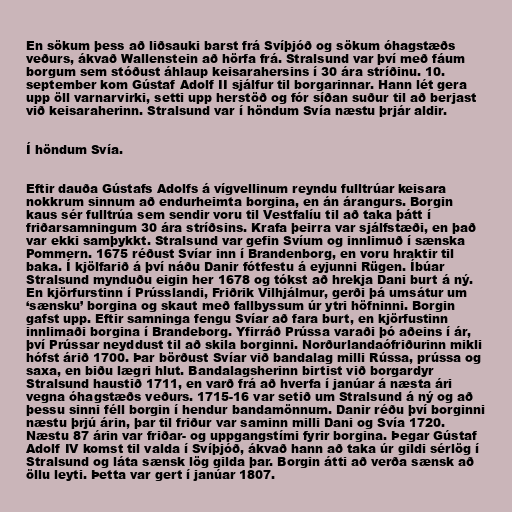
En sökum þess að liðsauki barst frá Svíþjóð og sökum óhagstæðs
veðurs, ákvað Wallenstein að hörfa frá. Stralsund var því með fáum
borgum sem stóðust áhlaup keisarahersins í 30 ára stríðinu. 10.
september kom Gústaf Adolf II sjálfur til borgarinnar. Hann lét gera
upp öll varnarvirki, setti upp herstöð og fór síðan suður til að berjast
við keisaraherinn. Stralsund var í höndum Svía næstu þrjár aldir.

Í höndum Svía.

Eftir dauða Gústafs Adolfs á vígvellinum reyndu fulltrúar keisara
nokkrum sinnum að endurheimta borgina, en án árangurs. Borgin
kaus sér fulltrúa sem sendir voru til Vestfalíu til að taka þátt í
friðarsamningum 30 ára stríðsins. Krafa þeirra var sjálfstæði, en það
var ekki samþykkt. Stralsund var gefin Svíum og innlimuð í sænska
Pommern. 1675 réðust Svíar inn í Brandenborg, en voru hraktir til
baka. Í kjölfarið á því náðu Danir fótfestu á eyjunni Rügen. Íbúar
Stralsund mynduðu eigin her 1678 og tókst að hrekja Dani burt á ný.
En kjörfurstinn í Prússlandi, Friðrik Vilhjálmur, gerði þá umsátur um
‘sænsku’ borgina og skaut með fallbyssum úr ytri höfninni. Borgin
gafst upp. Eftir samninga fengu Svíar að fara burt, en kjörfustinn
innlimaði borgina í Brandeborg. Yfirráð Prússa varaði þó aðeins í ár,
því Prússar neyddust til að skila borginni. Norðurlandaófriðurinn mikli
hófst árið 1700. Þar börðust Svíar við bandalag milli Rússa, prússa og
saxa, en biðu lægri hlut. Bandalagsherinn birtist við borgardyr
Stralsund haustið 1711, en varð frá að hverfa í janúar á næsta ári
vegna óhagstæðs veðurs. 1715-16 var setið um Stralsund á ný og að
þessu sinni féll borgin í hendur bandamönnum. Danir réðu því borginni
næstu þrjú árin, þar til friður var saminn milli Dani og Svía 1720.
Næstu 87 árin var friðar- og uppgangstími fyrir borgina. Þegar Gústaf
Adolf IV komst til valda í Svíþjóð, ákvað hann að taka úr gildi sérlög í
Stralsund og láta sænsk lög gilda þar. Borgin átti að verða sænsk að
öllu leyti. Þetta var gert í janúar 1807.